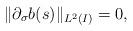
LaTeX: \begin{align*}\|\partial_\sigma b(s)\|_{L^2(I)}=0,\end{align*}